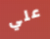
علي